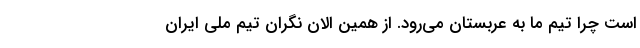
است چرا تیم ما به عربستان می‌رود. از همین الان نگران تیم ملی ایران